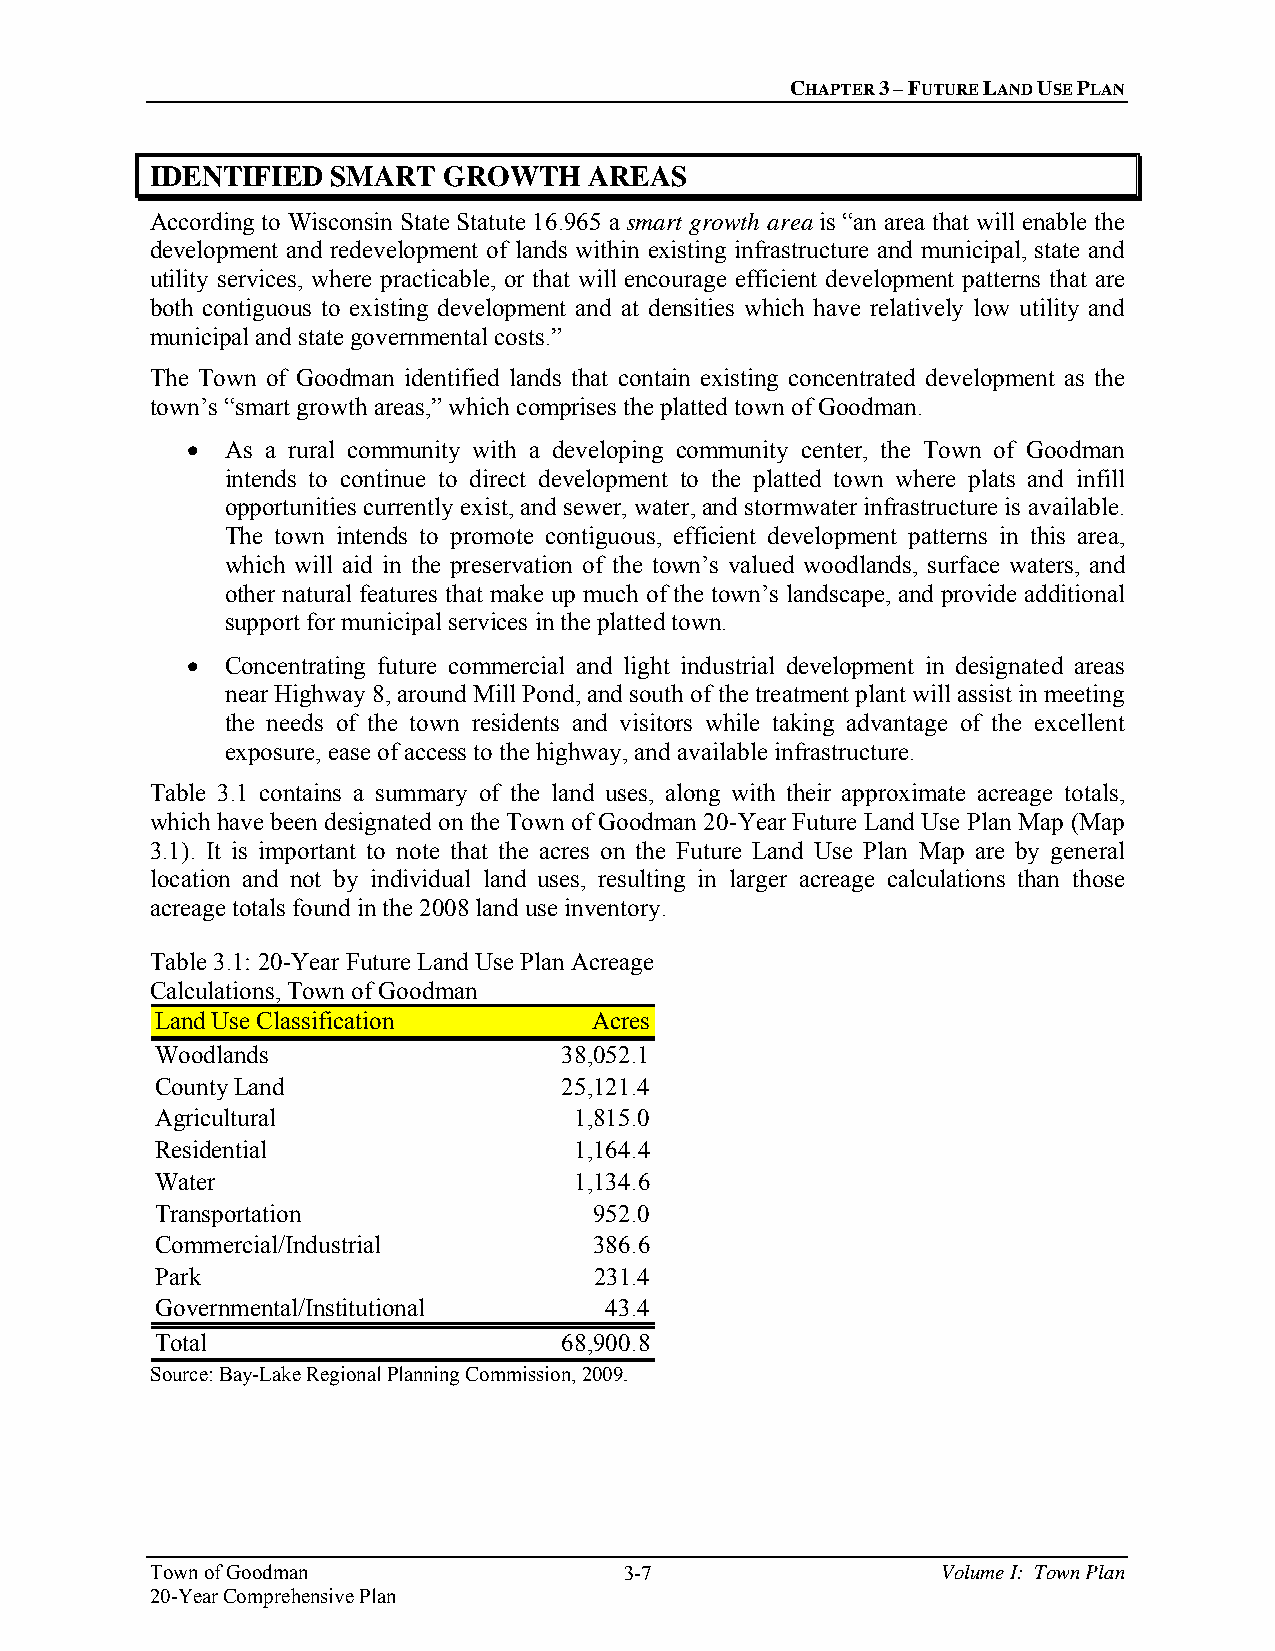
CHAPTER 3 – FUTURE LAND USE PLAN
 IDENTIFIED  SMART  GROWTH    AREAS
 According to Wisconsin State Statute 16.965 a smart growth area is “an area that will enable the
 development and redevelopment of lands within existing infrastructure and municipal, state and
 utility services, where practicable, or that will encourage efficient development patterns that are
 both contiguous to existing development and at densities which have relatively low utility and
 municipal and state governmental costs.”
 The Town of Goodman identified lands that contain existing concentrated development as the
 town’s “smart growth areas,” which comprises the platted town of Goodman.
   As a rural community with a developing community center, the Town of Goodman
 intends to continue to direct development to the platted town where plats and infill
 opportunities currently exist, and sewer, water, and stormwater infrastructure is available.
 The town intends to promote contiguous, efficient development patterns in this area,
 which will aid in the preservation of the town’s valued woodlands, surface waters, and
 other natural features that make up much of the town’s landscape, and provide additional
 support for municipal services in the platted town.
   Concentrating future commercial and light industrial development in designated areas
 near Highway 8, around Mill Pond, and south of the treatment plant will assist in meeting
 the needs of the town residents and visitors while taking advantage of the excellent
 exposure, ease of access to the highway, and available infrastructure.
 Table 3.1 contains a summary of the land uses, along with their approximate acreage totals,
 which have been designated on the Town of Goodman 20-Year Future Land Use Plan Map (Map
 3.1). It is important to note that the acres on the Future Land Use Plan Map are by general
 location and not by individual land uses, resulting in larger acreage calculations than those
 acreage totals found in the 2008 land use inventory.
 Table 3.1: 20-Year Future Land Use Plan Acreage
 Calculations, Town of Goodman
 Land Use Classification      Acres
 Woodlands                  38,052.1
 County Land                25,121.4
 Agricultural                1,815.0
 Residential                 1,164.4
 Water                       1,134.6
 Transportation               952.0
 Commercial/Industrial        386.6
 Park                         231.4
 Governmental/Institutional    43.4
 Total                      68,900.8
 Source: Bay-Lake Regional Planning Commission, 2009.
 Town of Goodman                3-7                  Volume I: Town Plan
 20-Year Comprehensive Plan